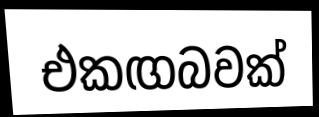
එකඟබවක්